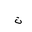
Letter: _ta